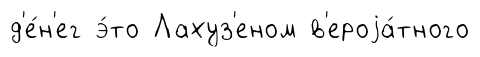
д'е́н'ег э́то Лахуз'еном в'ероjа́тного